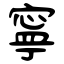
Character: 寧